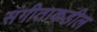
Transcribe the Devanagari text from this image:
संगीताकडील